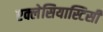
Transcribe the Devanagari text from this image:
एक्लेसियास्टिसी